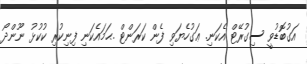
އަގުބޮޑުވީ ސިގުރޭޓް އެކަނި. ޢަގުހެޔަވި ފެން ކަރަންޓް .ޙަމައެކަނި ފިނިކުރި ކުކުޅު ނޫންދޯ